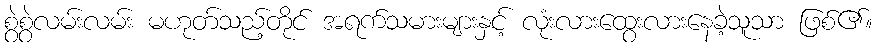
စွဲစွဲလမ်းလမ်း မဟုတ်သည့်တိုင် အရက်သမားများနှင့် လုံးလားထွေးလားနေခဲ့သူသာ ဖြစ်၏။